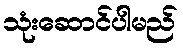
သုံးဆောင်ပါမည်